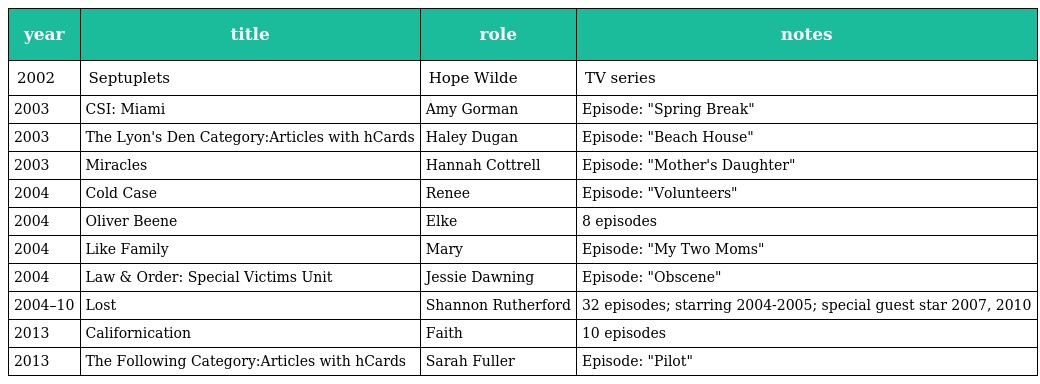
| year | title | role | notes |
 | --- | --- | --- | --- |
 | 2002 | Septuplets | Hope Wilde | TV series |
 | 2003 | CSI: Miami | Amy Gorman | Episode: "Spring Break" |
 | 2003 | The Lyon's Den Category:Articles with hCards | Haley Dugan | Episode: "Beach House" |
 | 2003 | Miracles | Hannah Cottrell | Episode: "Mother's Daughter" |
 | 2004 | Cold Case | Renee | Episode: "Volunteers" |
 | 2004 | Oliver Beene | Elke | 8 episodes |
 | 2004 | Like Family | Mary | Episode: "My Two Moms" |
 | 2004 | Law & Order: Special Victims Unit | Jessie Dawning | Episode: "Obscene" |
 | 2004–10 | Lost | Shannon Rutherford | 32 episodes; starring 2004-2005; special guest star 2007, 2010 |
 | 2013 | Californication | Faith | 10 episodes |
 | 2013 | The Following Category:Articles with hCards | Sarah Fuller | Episode: "Pilot" |